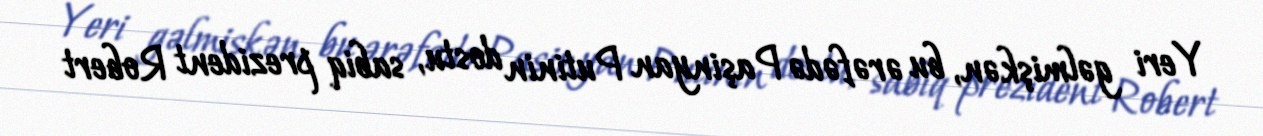
Yeri gəlmişkən, bu ərəfədə Paşinyan Putinin dostu, sabiq prezident Robert